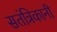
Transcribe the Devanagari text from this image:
सतंत्रिकानी